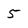
Character: 5